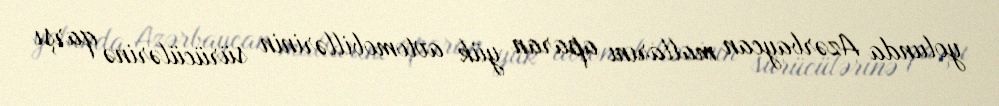
yolunda Azərbaycan mallarını aparan yük avtomobillərinin sürücülərinə qarşı